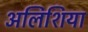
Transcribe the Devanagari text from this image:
अलिशिया